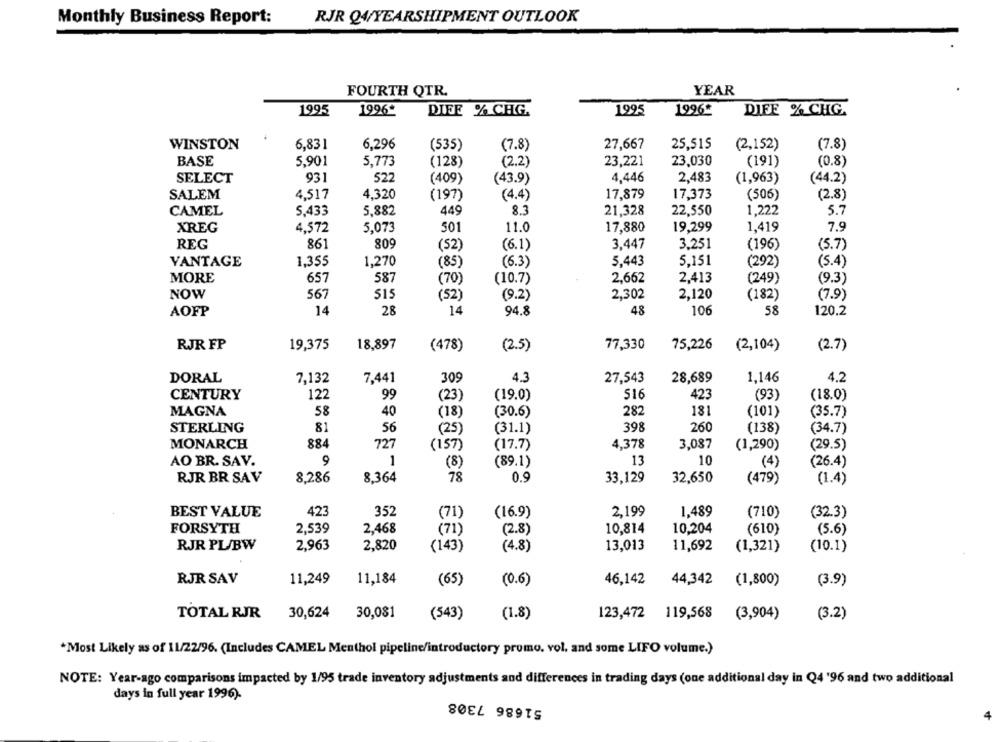
Monthly Business Report:
RJR Q4/YEARSHIPMENT OUTLOOK
FOURTH QTR.
YEAR
1995
1996*
DIEE % CHG.
1995
1996*
DIFE % CHG.
WINSTON
6,831
6,296
(535)
(7.8)
27,667
25.515
(2,152)
(7.8)
BASE
5,901
5,773
(128)
(2.2'
23,221
23,030
(191)
(0.8)
931
522
(43.9)
4,446
2,483
(44.2)
SELECT
(409)
(1,963)
SALEM
17,879
4,517
4,320
(197)
(4.4)
17,373
(506)
(2.8)
CAMEL
5,433
5,882
449
8.3
21,328
22.550
1,222
5.7
XREG
4,572
5,073
501
11.0
17,880
19,299
1,419
7.9
REG
861
809
(6.1)
3,447
3.251
(52)
(196)
(5.7)
VANTAGE
1.355
1,270
(85)
(6.3)
5.443
5.151
(292)
(5.4)
MORE
657
587
(70)
(10.7)
2,662
2,413
(249)
(9.3)
NOW
567
515
(52)
(9.2)
2,302
2,120
(182)
(7.9)
AOFP
14
28
14
94.8
48
106
58
120,2
RJR FP
19,375
18,897
(478)
(2.5)
77,330
75,226
(2,104)
(2.7)
DORAL
7,132
7,441
309
4.3
27,543
28,689
1,146
4.2
CENTURY
122
99
(23)
(19.0)
516
423
(93)
(18.0)
MAGNA
58
40
(18)
(30.6)
282
181
(101)
(35.7)
STERLING
81
56
(25)
(31.1)
398
260
(138)
(34.7)
MONARCH
884
727
( 157 )
4,378
3,087
(29.5)
(17.7)
(1,290)
AO BR. SAV.
9
1
13
10
(8)
(89.1)
(4)
(26.4)
RJR BR SAV
8,286
8,364
78
0.9
33,129
32,650
(479)
(1.4)
BEST VALUE
423
352
2,199
1,489
(71)
(16.9)
(710)
(32.3)
FORSYTH
2,539
2,468
(71)
(2.8)
10,814
10,204
(610)
(5.6)
RJR PL/BW
2,963
2,820
(143)
(4.8)
13,013
11,692
(1,321)
(10.1)
11,249
46.142
RJR SAV
11,184
(65)
(0.6)
44,342
(1,800)
(3.9)
TOTAL RJR
30,624
30,081
(543)
(1.8)
123,472 119,568
(3,904)
(3.2)
*Most Likely as of 11/22/96. (Includes CAMEL Menthol pipeline/introductory promo, vol. and some LIFO volume.)
NOTE: Year-ago comparisons impacted by 1/95 trade inventory adjustments and differences in trading days (one additional day in Q4 '96 and two additional
days in full year 1996).
51686 7308
4